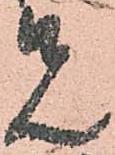
先